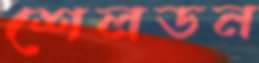
শেলডন